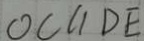
O C / / D E